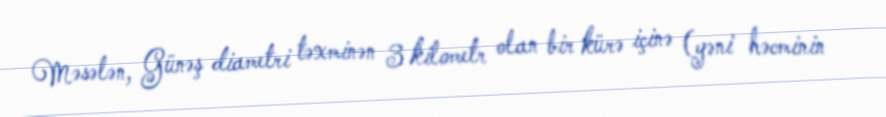
Məsələn, Günəş diametri təxminən 3 kilometr olan bir kürə içinə (yəni həcminin